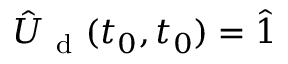
\hat { U } _ { \mathrm { ~ d ~ } } ( t _ { 0 } , t _ { 0 } ) = \hat { 1 }